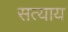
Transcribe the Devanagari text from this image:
सत्याय